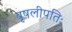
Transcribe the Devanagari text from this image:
वृषलीपतिः